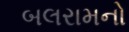
બલરામનો